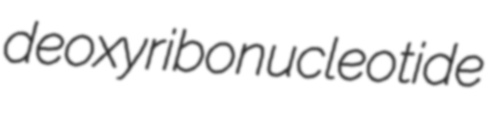
deoxyribonucleotide